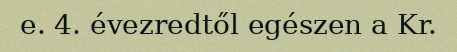
e. 4. évezredtől egészen a Kr.